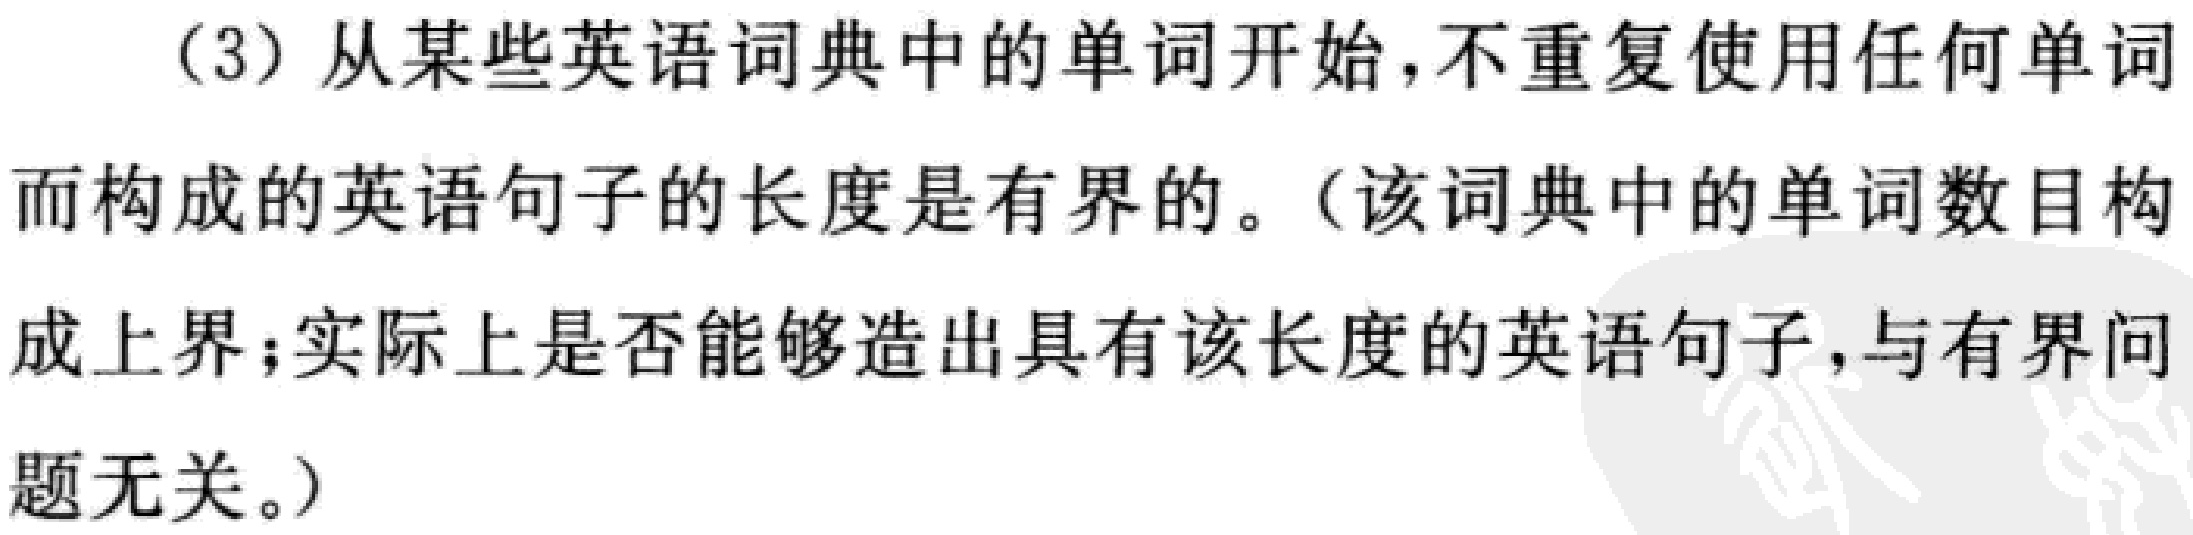
（3）从某些英语词典中的单词开始，不重复使用任何单词而构成的英语句子的长度是有界的。（该词典中的单词数目构成上界；实际上是否能够造出具有该长度的英语句子，与有界问题无关。）